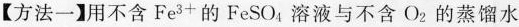
【方法一】用不含Fe^{3+}的FeSO_{4}溶液与不含O_{2}的蒸馏水